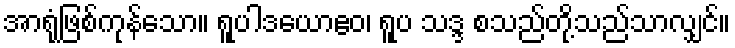
အာရုံဖြစ်ကုန်သော။ ရူပါဒယောဧဝ၊ ရူပ သဒ္ဒ စသည်တို့သည်သာလျှင်။